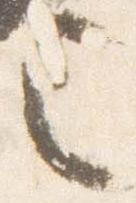
言